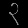
Digit: ၃